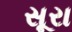
સૂરા